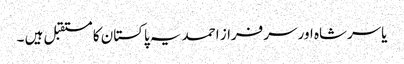
یاسرشاہ اور سرفراز احمد یہ پاکستان کا مستقبل ہیں ۔